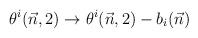
LaTeX: \begin{align*}\theta^i(\vec n,2) \to \theta^i(\vec n,2) - b_i(\vec n)\end{align*}